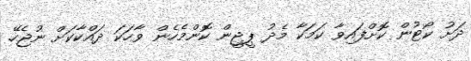
ދަށު ކޯޓުން ކޮށްފައިވާ ކަމަކާ މެދު ޕީޖީން ކޮންމެހެން ވާހަކަ ދައްކާކަށް ނުޖެހޭ.